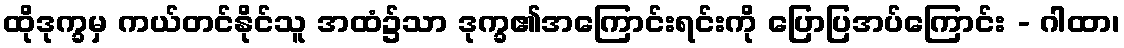
ထိုဒုက္ခမှ ကယ်တင်နိုင်သူ အထံ၌သာ ဒုက္ခ၏အကြောင်းရင်းကို ပြောပြအပ်ကြောင်း - ဂါထာ၊